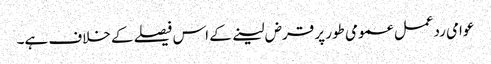
عوامی ردعمل عمومی طور پر قرض لینے کے اس فیصلے کے خلاف ہے۔